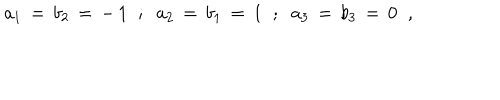
a _ { 1 } \, = \, b _ { 2 } \, = \, - \, 1 \; \; ; \; \; a _ { 2 } \, = \, b _ { 1 } \, = \, 1 \; \; ; \; \; a _ { 3 } \, = \, b _ { 3 } \, = \, 0 \; \; ,